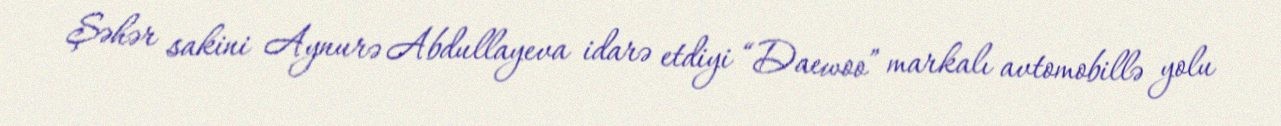
Şəhər sakini Aynurə Abdullayeva idarə etdiyi “Daewoo” markalı avtomobillə yolu